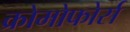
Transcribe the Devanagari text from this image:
क्रोमोफोर्स